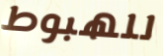
للهبوط